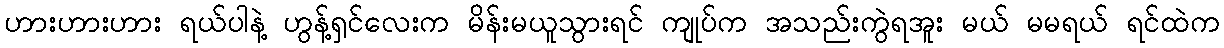
ဟားဟားဟား ရယ်ပါနဲ့ ဟွန့်ရှင်လေးက မိန်းမယူသွားရင် ကျုပ်က အသည်းကွဲရအူး မယ် မမရယ် ရင်ထဲက